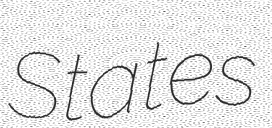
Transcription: States